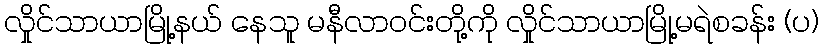
လှိုင်သာယာမြို့နယ် နေသူ မနီလာဝင်းတို့ကို လှိုင်သာယာမြို့မရဲစခန်း (ပ)